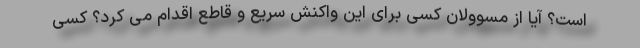
است؟ آیا از مسوولان کسی برای این واکنش سریع و قاطع اقدام می کرد؟ کسی